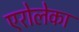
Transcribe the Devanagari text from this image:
एरोलेका